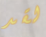
لقد